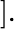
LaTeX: ].